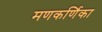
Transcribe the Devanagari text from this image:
मणकर्णिका